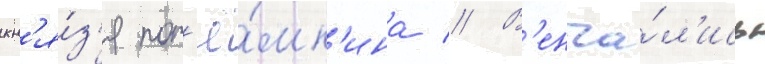
кн'я́з'я пот'ё́мк'ина // В'енча́л'ись